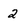
Character: 2